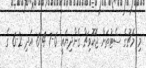
މި މެޗުގެ ސެޓުތަށް ޖޮކޮވިޗް ގެންދިޔައީ 6-7 4-6 އަދި 2-6 ގެ